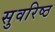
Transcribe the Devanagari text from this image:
सुवरिष्ठ